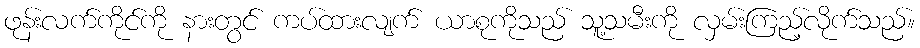
ဖုန်းလက်ကိုင်ကို နားတွင် ကပ်ထားလျက် ယာစုကိုသည် သူ့သမီးကို လှမ်းကြည့်လိုက်သည်။